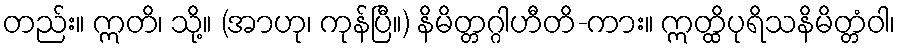
တည်း။ ဣတိ၊ သို့။ (အာဟု၊ ကုန်ပြီ။) နိမိတ္တဂ္ဂါဟီတိ-ကား။ ဣတ္ထိပုရိသနိမိတ္တံဝါ၊